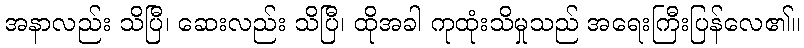
အနာလည်း သိပြီ၊ ဆေးလည်း သိပြီ၊ ထိုအခါ ကုထုံးသိမှုသည် အရေးကြီးပြန်လေ၏။